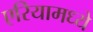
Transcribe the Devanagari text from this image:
एरियामध्ये